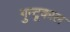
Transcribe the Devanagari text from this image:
गुन्टूकाल